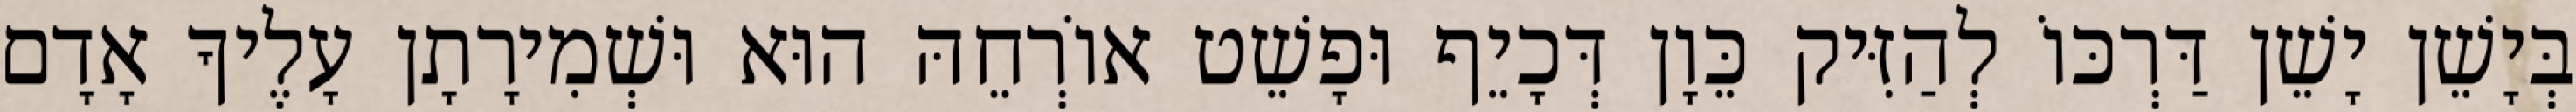
בְּיָשֵׁן יָשֵׁן דַּרְכּוֹ לְהַזִּיק כֵּוָן דְּכָיֵף וּפָשֵׁט אוֹרְחֵהּ הוּא וּשְׁמִירָתָן עָלֶיךָ אָדָם